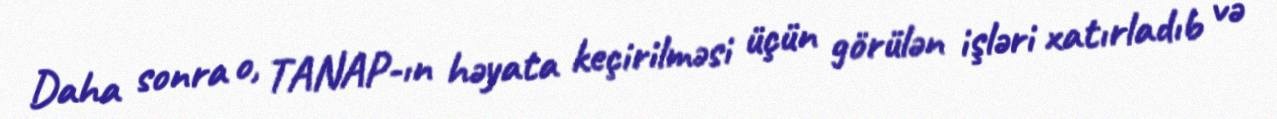
Daha sonra o, TANAP-ın həyata keçirilməsi üçün görülən işləri xatırladıb və